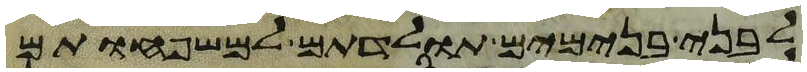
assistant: לבני בנימים תולדתם למשפחותם